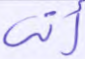
أتى